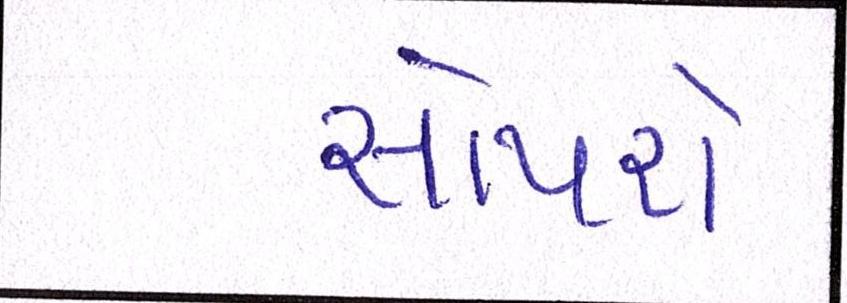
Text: સોંપશે